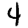
Digit: 4